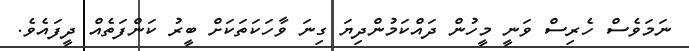
ނަމަވެސް ހެރިސް ވަނީ މީހުން ދައްކަމުންދިޔަ ގިނަ ވާހަކަތަކަށް ބީރު ކަންފަތެއް ދީފައެވެ.